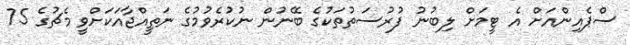
ސްޕެއިންއަށް އެ ޓީމަށް ލިބުނު ފުރުސަތުތަކުގެ ބޭނުން ނުކުރެވުމުގެ ނަތީއްޖާއަކަށްވީ މެޗުގެ 75